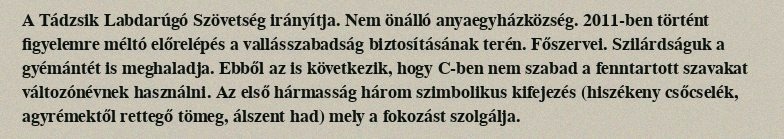
A Tádzsik Labdarúgó Szövetség irányítja. Nem önálló anyaegyházközség. 2011-ben történt figyelemre méltó előrelépés a vallásszabadság biztosításának terén. Főszervei. Szilárdságuk a gyémántét is meghaladja. Ebből az is következik, hogy C-ben nem szabad a fenntartott szavakat változónévnek használni. Az első hármasság három szimbolikus kifejezés (hiszékeny csőcselék, agyrémektől rettegő tömeg, álszent had) mely a fokozást szolgálja.